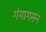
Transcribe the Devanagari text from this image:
गंगागमन